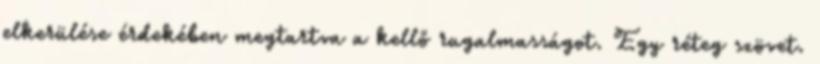
elkerülése érdekében megtartva a kellő rugalmasságot. Egy réteg szövet.